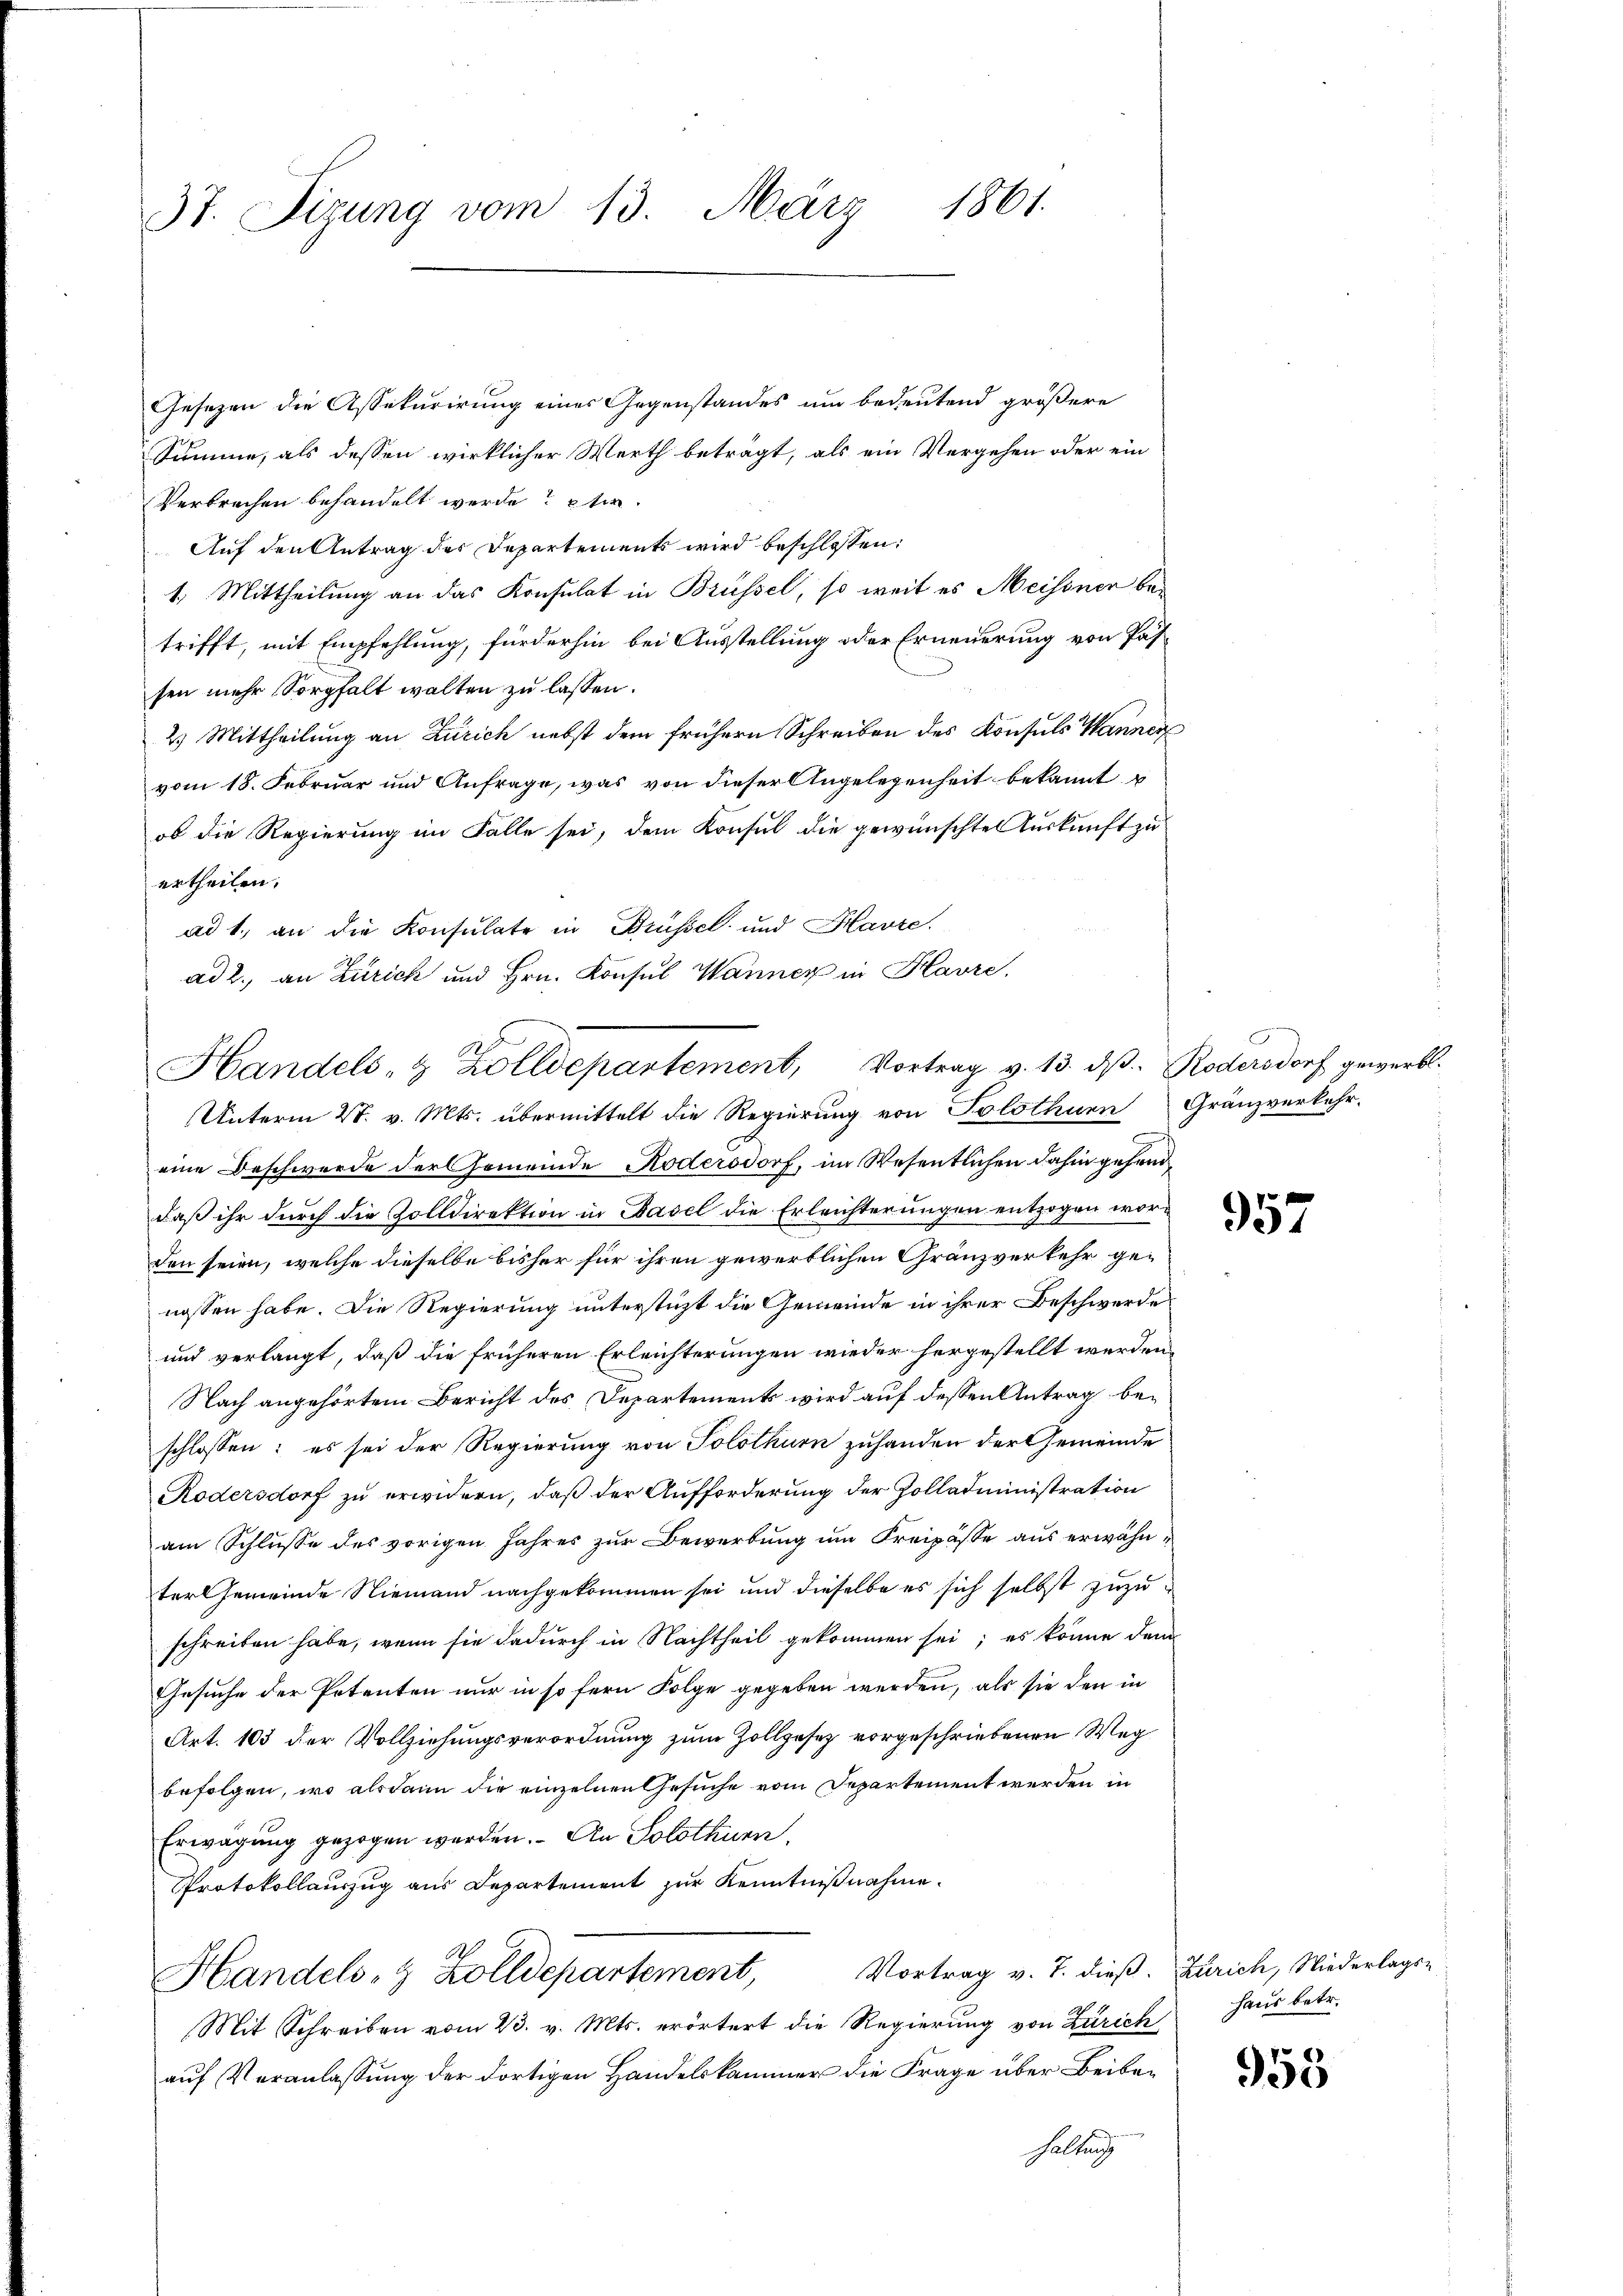
37. Sizung vom 13. März 1861.

Gesezen die Assekurirung eines Gegenstandes um bedeutend größere
Summe, als dessen wirklicher Werth beträgt, als ein Vergehen oder ein
Verbrechen behandelt werde? Etw
Auf den Antrag des Departements wird beschlossen:
1. Mittheilung an das Konsulat in Brüssel, so weit es Meissner betrifft, mit Empfehlung, fürderhin bei Ausstellung oder Erneuerung von Passen mehr Sorgfalt walten zu lassen.
2.) Mittheilung an Zürich nebst dem frühern Schreiben des Konsuls Wanner
vom 18. Februar und Anfrage, was von dieser Angelegenheit bekannt
ob die Regierung im Falle sei, dem Konsul die gewünschte Auskunft zu
ertheilen.
ad 1., an die Konsulate in Brüssel und Havre,
ad 2., an Zürich und Hrn. Konsul Wannex in Havre,
Unterm 28. v. Mts. übermittelt die Regierung von Solothurn Gränzverkehr-
eine Beschwerde der Gemeinde Kodersdorf, im Wesentlichen dahin gehanddaß ihr durch die Zolldirektion in Basel die Erleichterungen entzogen worden seien, welche dieselbe bisher für ihren gewertlichen Gränzverkehr genossen habe. Die Regierung unterstüzt die Gemeinde in ihrer Beschwerde
und verlangt, daß die früheren Erleichterungen wieder hergestellt werden,
Nach angehörtem Bericht des Departements wird auf dessen Antrag beschlossen: es sei der Regierung von Solothurn zuhanden der Gemeinde
Rodersdorf zu erwidern, daß der Aufforderung der Zolladministration
am Schlusse des vorigen Jahres zur Bewerbung um Freipässe aus erwähnterGemeinde Niemand nachgekommen sei und dieselbe es sich selbst zuzuschreiben habe, wenn sie dadurch in Nachtheil gekommen sei; es könne dem
Gesuche der Petenten nur in so fern Folge gegeben werden, als sie den in
Art. 103 der Vollziehungsverordnung zum Zollgesetz vorgeschriebenen Weg
befolgen, wo alsdann die einzelnen Gesuche vom Departement werden in
Erwägung gezogen werden. An Solothurn,
Protokollauszug aus Departement zur Kenntnißnahme.
9
Handels- & Zolldepartement, Vortrag v. J. dieß. Zürich, Niederlags-
Mit Schreiben vom 23. v. Mts. erörtert die Regierung von Zürich
auf Veranlassung der dortigen Handelskammer die Frage über Beibehaltung

Handels- & Zolldepartement, Vortrag v. 13. dβ. Rodersdorf gewerbt.

957

haus betr.

955